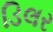
ડિલર